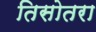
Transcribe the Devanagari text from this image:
तिसोतरा